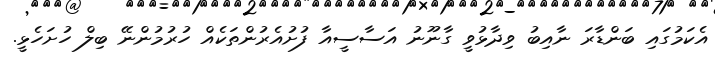
އެކަމުގައި ބަންޑާރަ ނާއިބު ވިދާޅުވީ ގާނޫނު އަސާސީއާ ފުށުއެރުންތަކެއް ހުރުމުންނޭ ބިލް ހުށަހެޅީ.